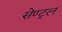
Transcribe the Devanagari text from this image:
सेण्ट्र्ल